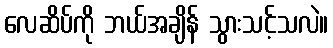
လေဆိပ်ကို ဘယ်အချိန် သွားသင့်သလဲ။